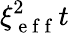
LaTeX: \xi_{\mathrm{~e~f~f~}}^{2}t